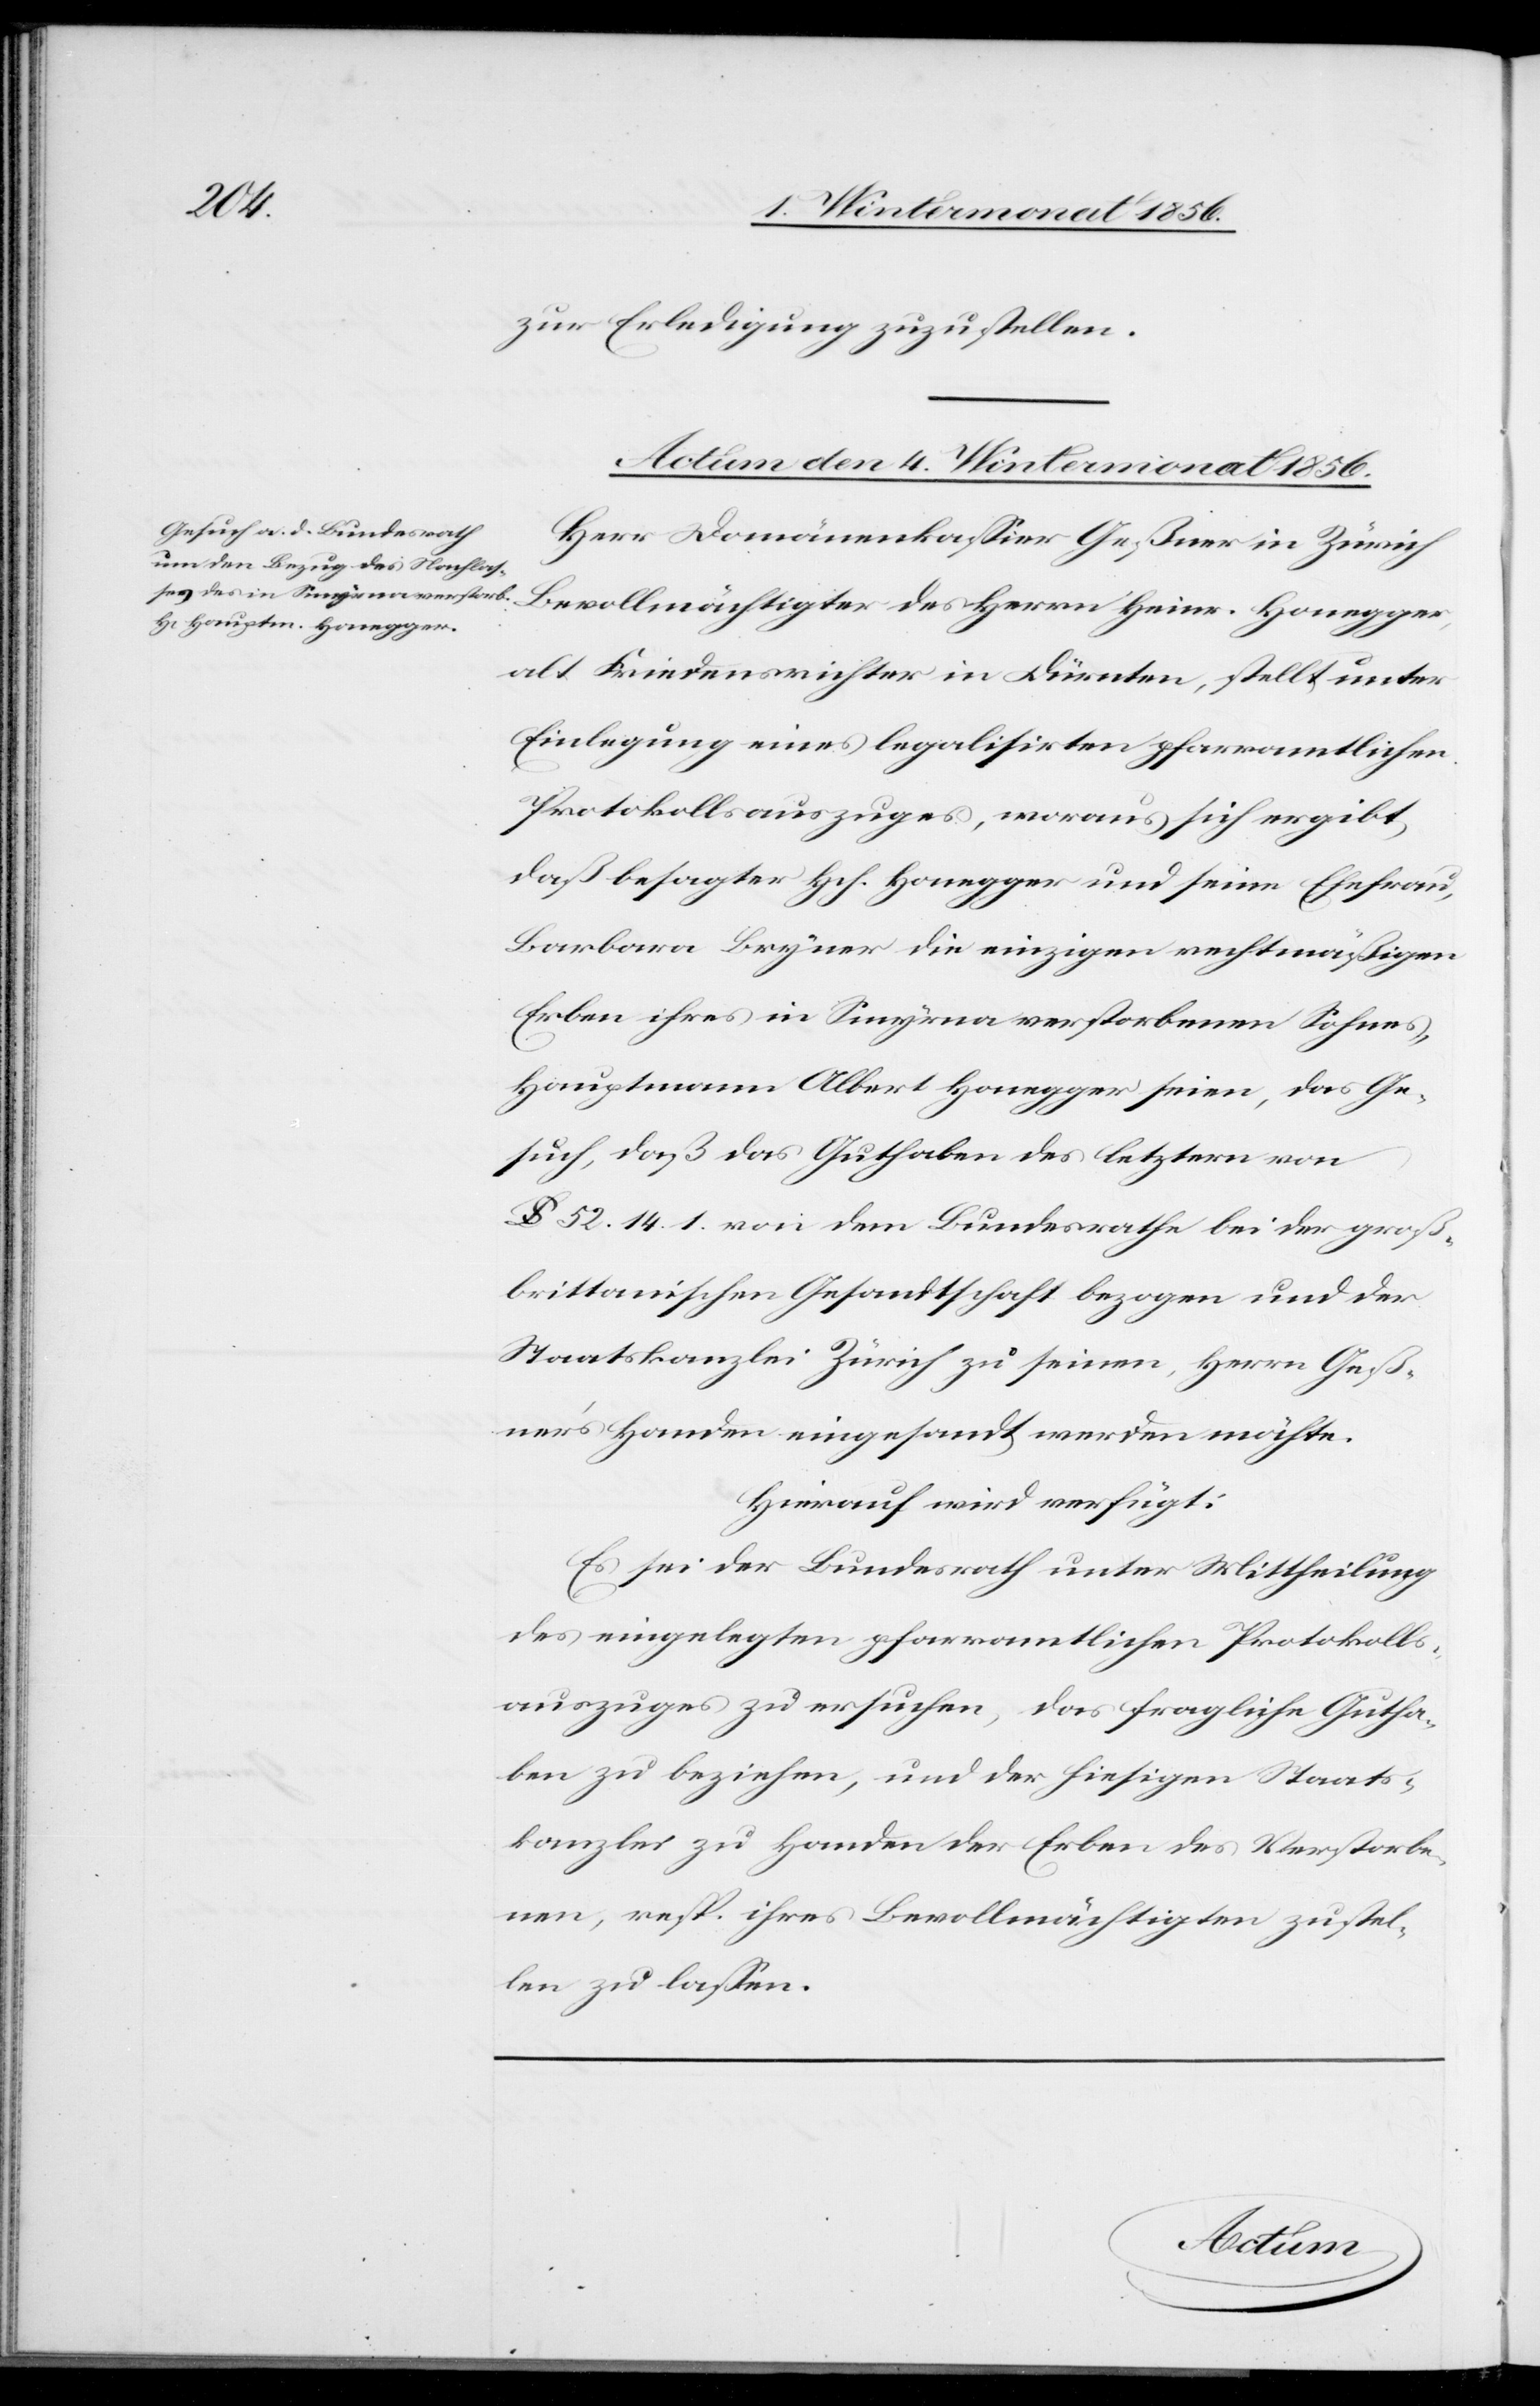
zur Erledigung zuzustellen.
Actum den 4. Wintermonat 1856.
Herr Domänenkassier Geßner in Zürich
des Herrn Heinr. Honegger,
alt Friedensrichter in Dürnten, stellt unter
Einlegung eines legalisirten pfarramtlichen
Protokollsauszuges, woraus sich ergibt,
daß besagter Hch. Honegger und seine Ehefrau,
Barbara Bryner die einzigen rechtmäßigen
Erben ihres in Smyrna verstorbenen Sohnes,
Hauptmann Albert Honegger seien, das Ge¬
such, daß das Guthaben des letztern von
lb. 52. 14. 1. von dem Bundesrathe bei der groß¬
brittanischen Gesandtschaft bezogen und der
Staatskanzlei Zürich zu seinen, Herrn Geß¬
ner's Handen eingesandt werden möchte.
Hierauf wird verfügt:
Es sei der Bundesrath unter Mittheilung
des eingelegten pfarramtlichen Protokolls¬
auszuges zu ersuchen, das fragliche Gutha¬
ben zu beziehen, und der hiesigen Staats¬
kanzlei zu Handen der Erben des Verstorbe¬
nen, resp. ihres Bevollmächtigten zustel¬
len zu lassen.